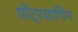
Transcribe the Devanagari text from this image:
पोंट्रयागिन